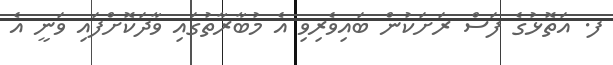
ފ. އަތޮޅުގެ ފަސް ރަށަކުން ބައިވެރިވި އެ މުބާރާތުގައި ވާދަކޮށްފައި ވަނީ އެ